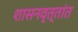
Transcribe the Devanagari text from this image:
शासनवृत्तांत